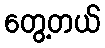
တွေ့တယ်